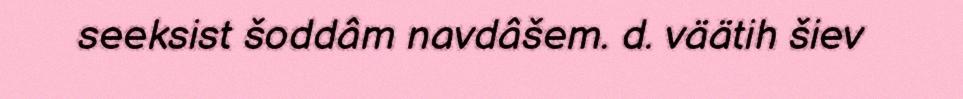
seeksist šoddâm navdâšem. d. väätih šiev